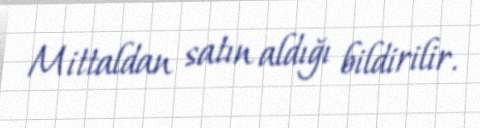
Mittaldan satın aldığı bildirilir.